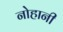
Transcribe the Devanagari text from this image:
नोहानी